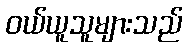
ဝယ်ယူသူများသည်